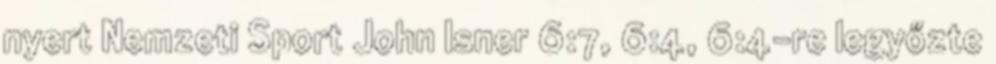
nyert Nemzeti Sport John Isner 6:7, 6:4, 6:4-re legyőzte